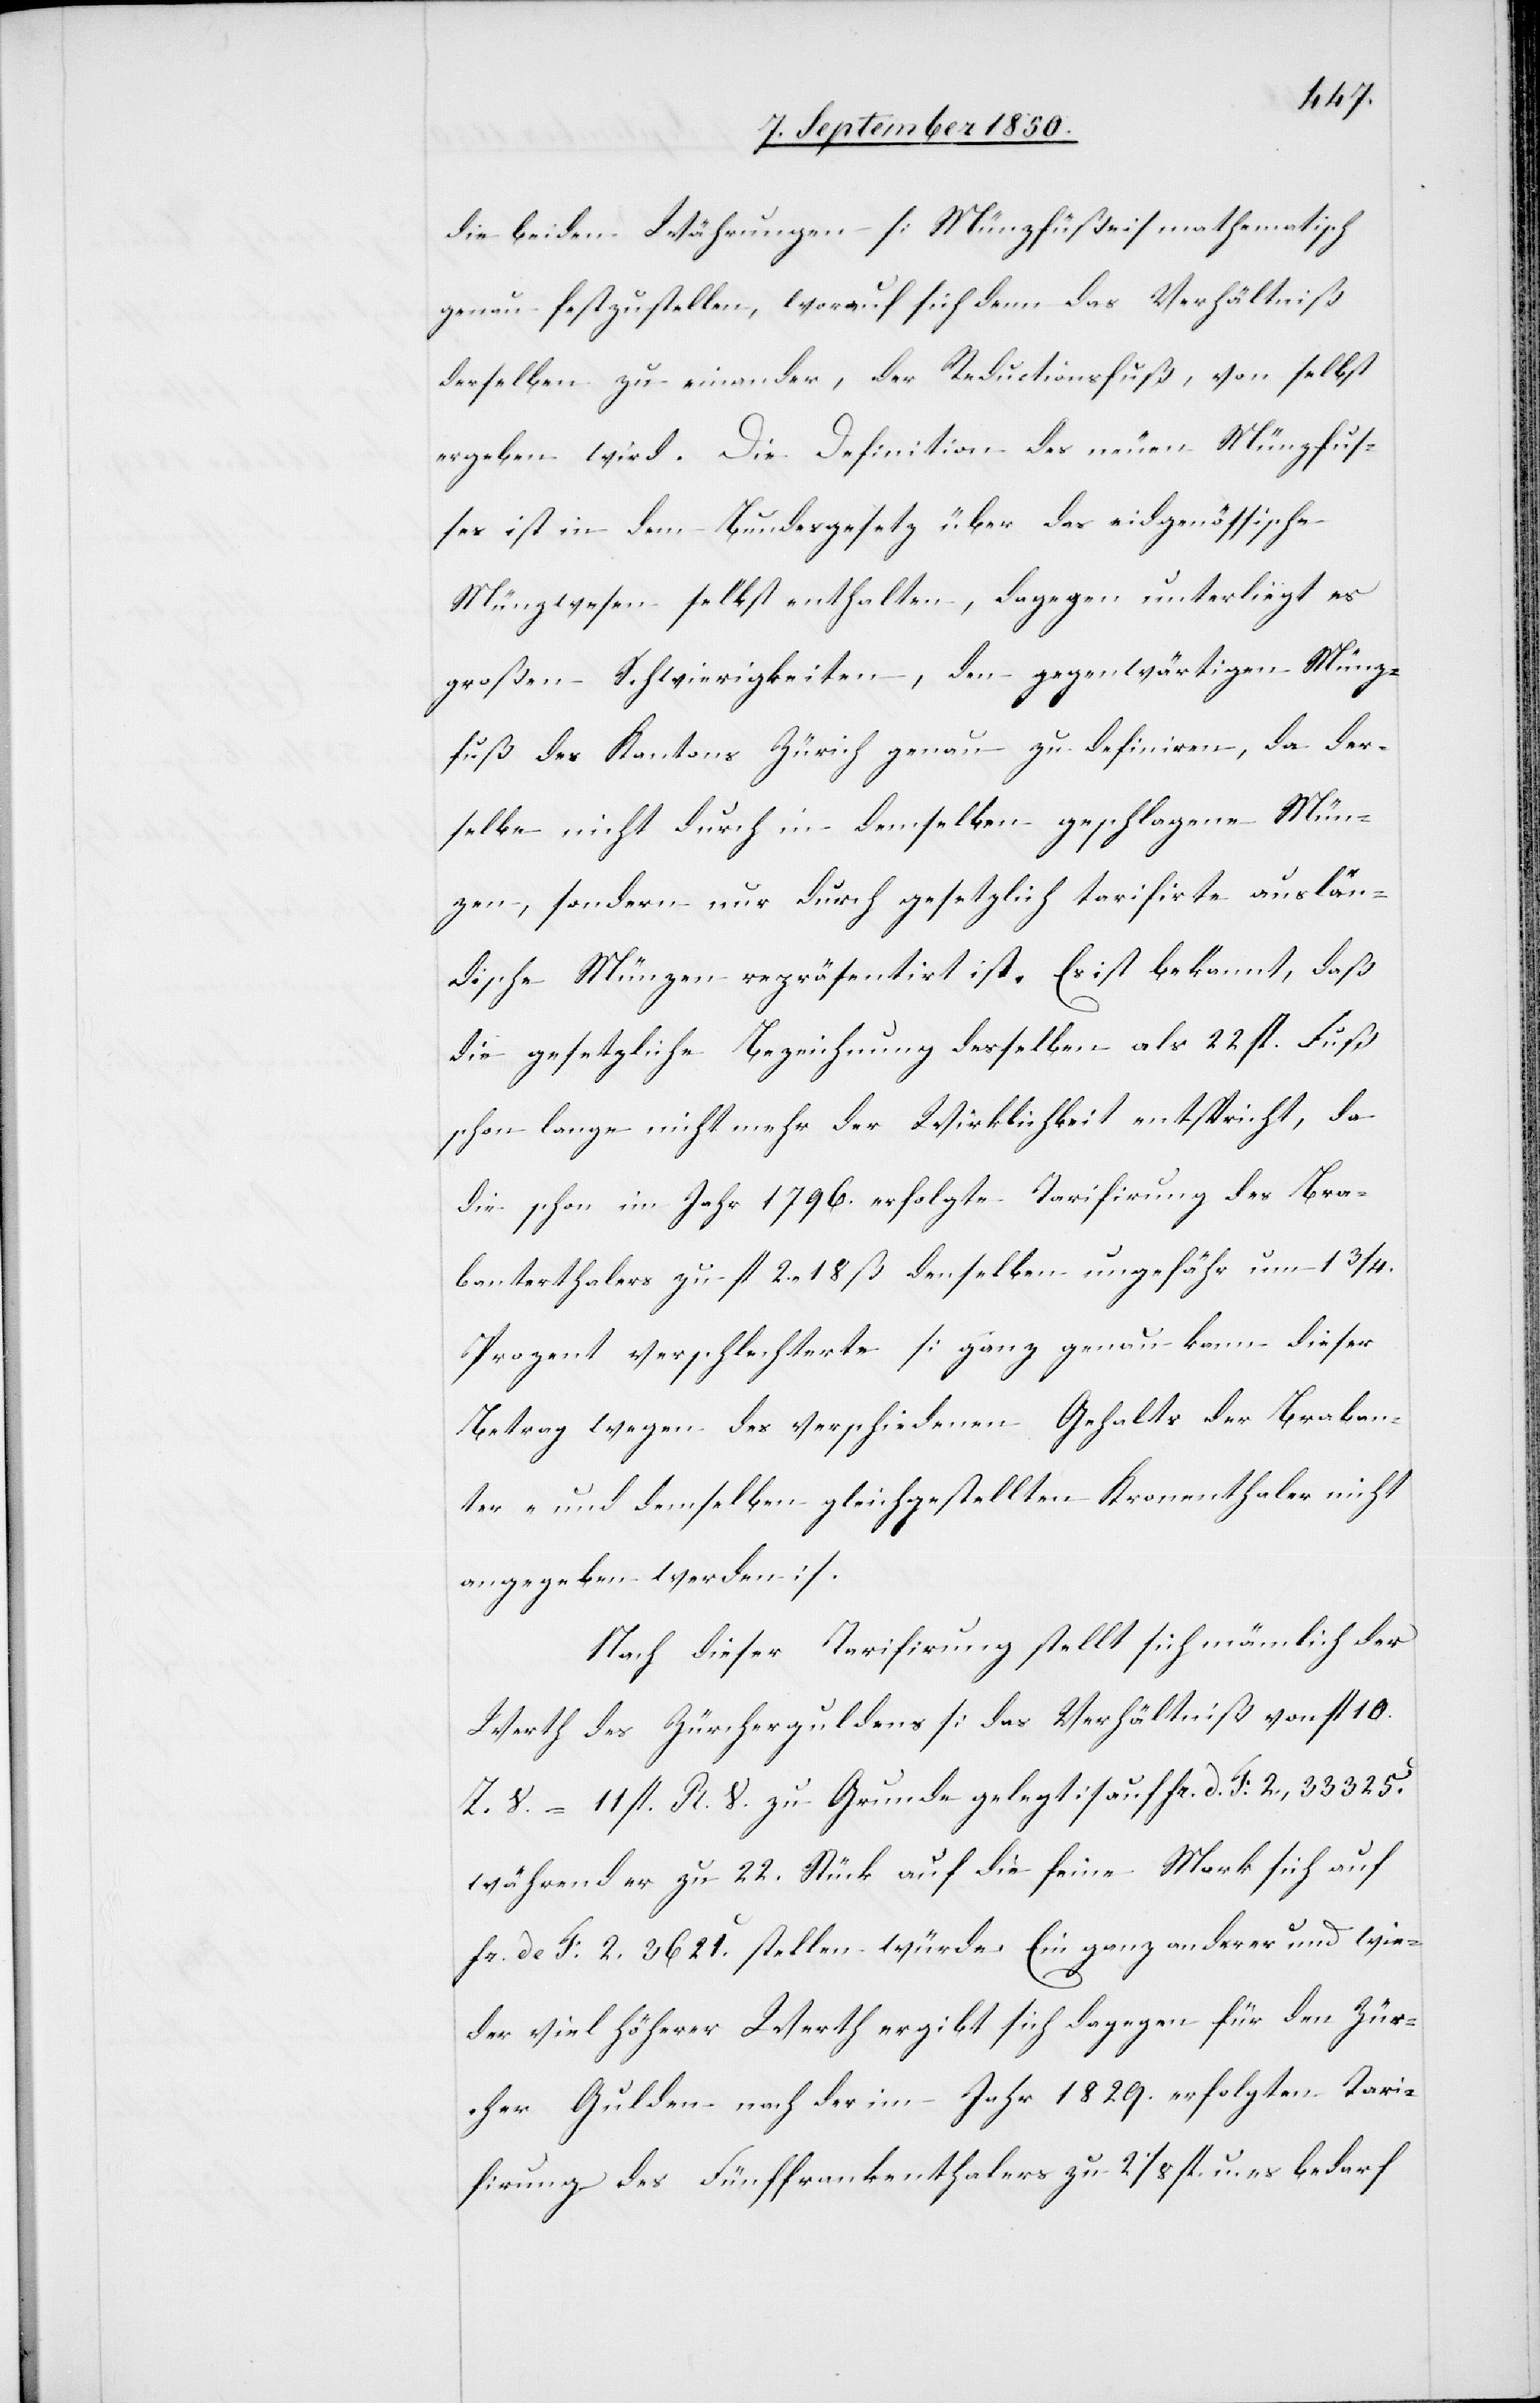
die beiden Währungen [Münzfüße] mathematisch
genau festzustellen, worauf sich denn das Verhältniß
derselben zu einander, der Reductionsfuß, von selbst
ergeben wird. Die Definition des neuen Münzfuß¬
es ist in dem Bundesgesetz über das eidgenössische
Münzwesen selbst enthalten, dagegen unterliegt es
großen Schwierigkeiten, den gegenwärtigen Münz¬
fuß des Kantons Zürich genau zu definiren, da der¬
selbe nicht durch in demselben geschlagene Mün¬
zen, sondern nur durch gesetzlich tarifirte auslän¬
dische Münzen repräsentirt ist. Es ist bekannt, daß
die gesetzliche Bezeichnung desselben als 22 fl. Fuß
schon lange nicht mehr der Wirklichkeit entspricht, da
die schon im Jahr 1796. erfolgte Tarifirung des Bra¬
banterthalers zu fl 2. 18 ß denselben ungefähr um 1 3/4
Prozent verschlechterte [ganz genau kann dieser
Betrag wegen des verschiedenen Gehalts der Braban¬
ter- und demselben gleichgestellten Kronenthaler nicht
angegeben werden].
Nach dieser Tarifirung stellt sich nämlich der
Werth des Zürcherguldens [das Verhältniß von fl 10.
Z. V. = 11 fl. R. V. zu Grunde gelegt] auf fr. d. F: 2,33325.
während er zu 22. Stück auf die feine Mark sich auf
fr. de F: 2.3621. stellen würde. Ein ganz anderer und wie¬
der viel höherer Werth ergibt sich dagegen für den Zür¬
cher Gulden nach der im Jahr 1829. erfolgten Tari¬
firung des Fünffrankenthalers zu 2 1/8 fl. u. es bedarf